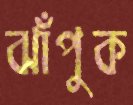
ঝাঁপুক